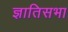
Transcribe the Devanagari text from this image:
ज्ञातिसभा